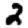
Digit: 2